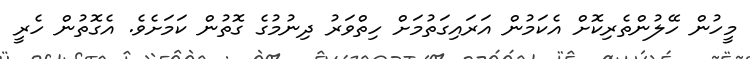
މީހުން ހޭލުންތެރިކޮށް އެކަމުން އަރައިގަތުމަށް ހިތްވަރު ދިނުމުގެ ގޮތުން ކަމަށެވެ. އެގޮތުން ހެރީ